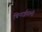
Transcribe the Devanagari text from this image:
चिनाईवाली